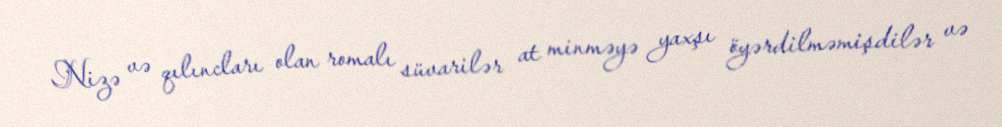
Nizə və qılıncları olan romalı süvarilər at minməyə yaxşı öyərdilməmişdilər və